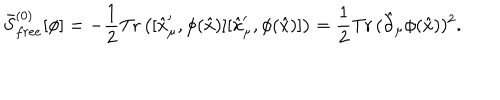
\bar { S } _ { f r e e } ^ { ( 0 ) } [ \phi ] = - { \frac { 1 } { 2 } } \mathrm { T r } \left( [ \hat { x } _ { \mu } ^ { \prime } , \phi ( \hat { x } ) ] [ \hat { x } _ { \mu } ^ { \prime } , \phi ( \hat { x } ) ] \right) = { \frac { 1 } { 2 } } \mathrm { T r } \, ( \hat { \partial } _ { \mu } \phi ( \hat { x } ) ) ^ { 2 } .